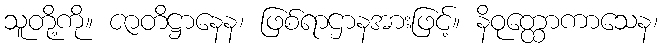
သူတို့ကို။ ဇာတိဋ္ဌာနေန၊ ဖြစ်ရာဌာနအားဖြင့်။ နိဝုတ္ထောကာသေန၊